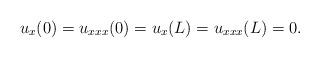
LaTeX: \begin{align*} u_x(0)=u_{xxx}(0)=u_x(L)=u_{xxx}(L)=0. \end{align*}